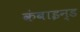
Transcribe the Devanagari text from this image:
कंबाइन्ड